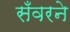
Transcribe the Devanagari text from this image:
सँवरने